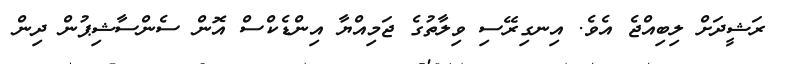
ރަޝީދަށް ލިބިއްޖެ އެވެ. އިނގިރޭސި ވިލާތުގެ ޖަމިއްޔާ އިންޑެކްސް އޮން ސެންސާޝިޕުން ދިން